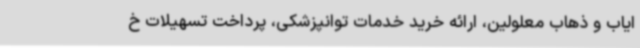
ایاب و ذهاب معلولین، ارائه خرید خدمات توانپزشکی، پرداخت تسهیلات خ